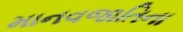
માનવજાતિના